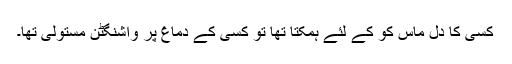
کسی کا دل ماس کو کے لئے ہمکتا تھا تو کسی کے دماغ پر واشنگٹن مستولی تھا۔